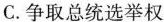
C.争取总统选举权